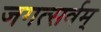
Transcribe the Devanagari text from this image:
जगत्सर्वम्